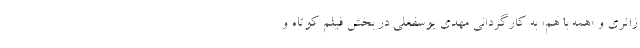
زائری و «همه با هم» به کارگردانی مهدی یوسفعلی در بخش فیلم کوتاه و